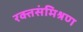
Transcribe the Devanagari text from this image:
रक्तसंमिश्रण